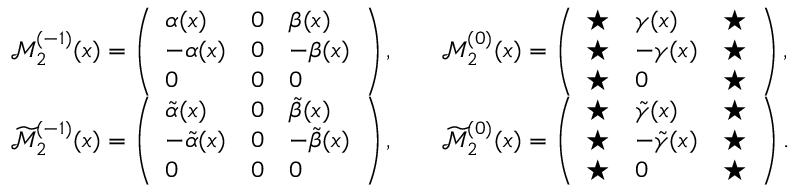
\begin{array} { r l r l } & { \mathcal { M } _ { 2 } ^ { ( - 1 ) } ( x ) = \left( \begin{array} { l l l } { \alpha ( x ) } & { 0 } & { \beta ( x ) } \\ { - \alpha ( x ) } & { 0 } & { - \beta ( x ) } \\ { 0 } & { 0 } & { 0 } \end{array} \right) , } & & { \mathcal { M } _ { 2 } ^ { ( 0 ) } ( x ) = \left( \begin{array} { l l l } { \star } & { \gamma ( x ) } & { \star } \\ { \star } & { - \gamma ( x ) } & { \star } \\ { \star } & { 0 } & { \star } \end{array} \right) , } \\ & { \widetilde { \mathcal { M } } _ { 2 } ^ { ( - 1 ) } ( x ) = \left( \begin{array} { l l l } { \tilde { \alpha } ( x ) } & { 0 } & { \tilde { \beta } ( x ) } \\ { - \tilde { \alpha } ( x ) } & { 0 } & { - \tilde { \beta } ( x ) } \\ { 0 } & { 0 } & { 0 } \end{array} \right) , } & & { \widetilde { \mathcal { M } } _ { 2 } ^ { ( 0 ) } ( x ) = \left( \begin{array} { l l l } { \star } & { \tilde { \gamma } ( x ) } & { \star } \\ { \star } & { - \tilde { \gamma } ( x ) } & { \star } \\ { \star } & { 0 } & { \star } \end{array} \right) . } \end{array}